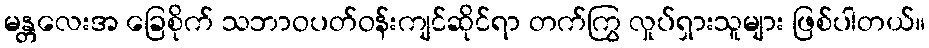
မန္တလေးအ ခြေစိုက် သဘာဝပတ်ဝန်းကျင်ဆိုင်ရာ တက်ကြွ လှုပ်ရှားသူများ ဖြစ်ပါတယ်။